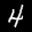
Label: 4